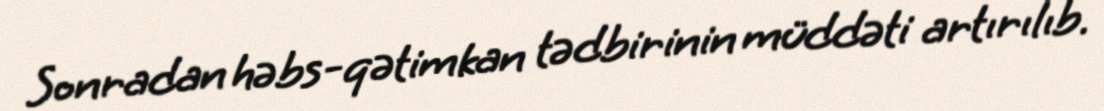
Sonradan həbs-qətimkan tədbirinin müddəti artırılıb.